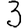
Digit: 3